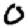
Digit: 0